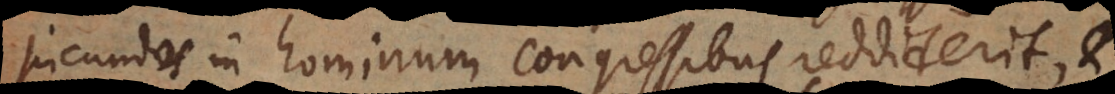
jucundos in hominum congressibus reddiderit, et